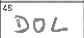
Transcription: DOL